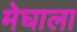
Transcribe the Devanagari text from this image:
मेघाला